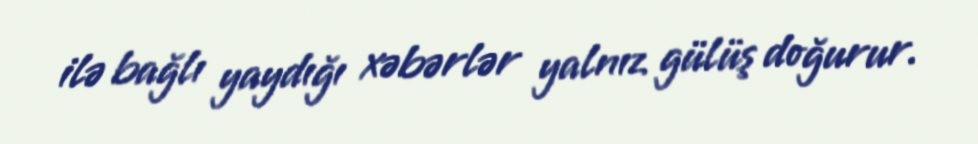
ilə bağlı yaydığı xəbərlər yalnız gülüş doğurur.